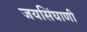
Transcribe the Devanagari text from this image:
जयसिंघाणी